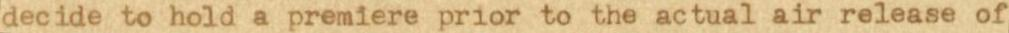
decide to hold a premiere prior to the actual air release of